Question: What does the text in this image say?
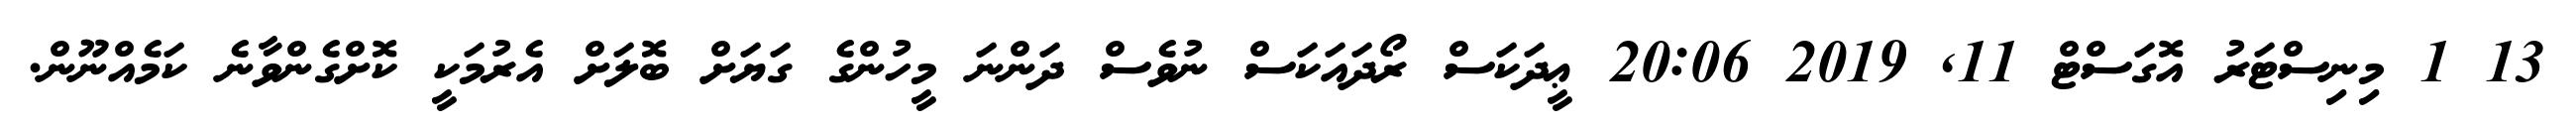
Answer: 13 1 މިނިސްޓަރު އޮގަސްޓް 11, 2019 20:06 ޢީދަކަސް ރޯދައަކަސް ނުވެސް ދަންނަ މީހުންގެ ގަޔަށް ބޮލަށް އެރުމަކީ ކޮށްގެންވާނެ ކަމެއްނޫން.